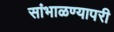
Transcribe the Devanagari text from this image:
सांभाळण्यापरी